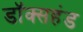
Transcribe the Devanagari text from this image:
डॉक्सहंड